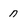
Character: n